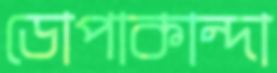
ডোপাকান্দা